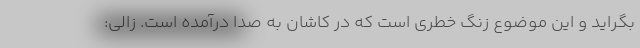
بگراید و این موضوع زنگ خطری است که در کاشان به صدا درآمده است. زالی: